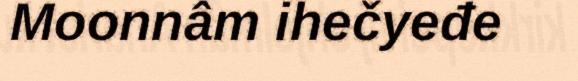
Moonnâm ihečyeđe